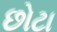
છોટા